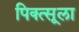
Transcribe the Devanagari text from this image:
पिक्त्सूला